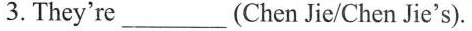
3. They're ___ (Chen Jie/Chen Jie's).